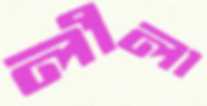
লীলা